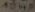
Text: 10nF